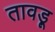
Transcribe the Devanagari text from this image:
तावड़ू